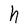
Character: h